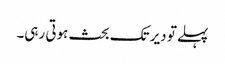
پہلے تو دیر تک بحث ہوتی رہی۔